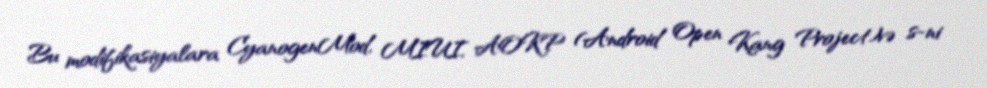
Bu modifikasiyalara CyanogenMod, MIUI, AOKP (Android Open Kang Project)və s-ni